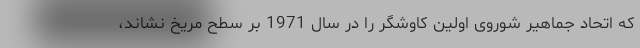
که اتحاد جماهیر شوروی اولین کاوشگر را در سال 1971 بر سطح مریخ نشاند،